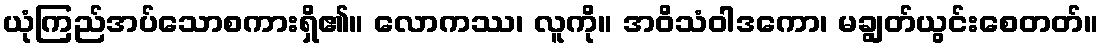
ယုံကြည်အပ်သောစကားရှိ၏။ လောကဿ၊ လူကို။ အဝိသံဝါဒကော၊ မချွတ်ယွင်းစေတတ်။